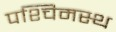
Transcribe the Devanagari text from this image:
पश्चिमस्थ